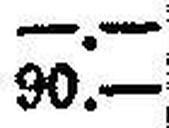
90.—